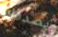
يصدقك